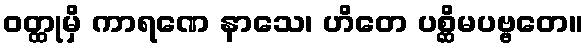
ဝတ္ထုမှိ ကာရဏေ နာသေ၊ ဟိတေ ပစ္ဆိမပဗ္ဗတေ။